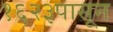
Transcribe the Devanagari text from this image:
१६२३पासून